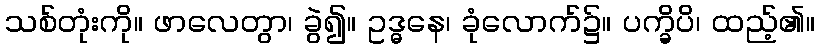
သစ်တုံးကို။ ဖာလေတွာ၊ ခွဲ၍။ ဥဒ္ဓနေ၊ ခုံလောက်၌။ ပက္ခိပိ၊ ထည့်၏။